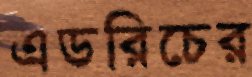
এডরিচের